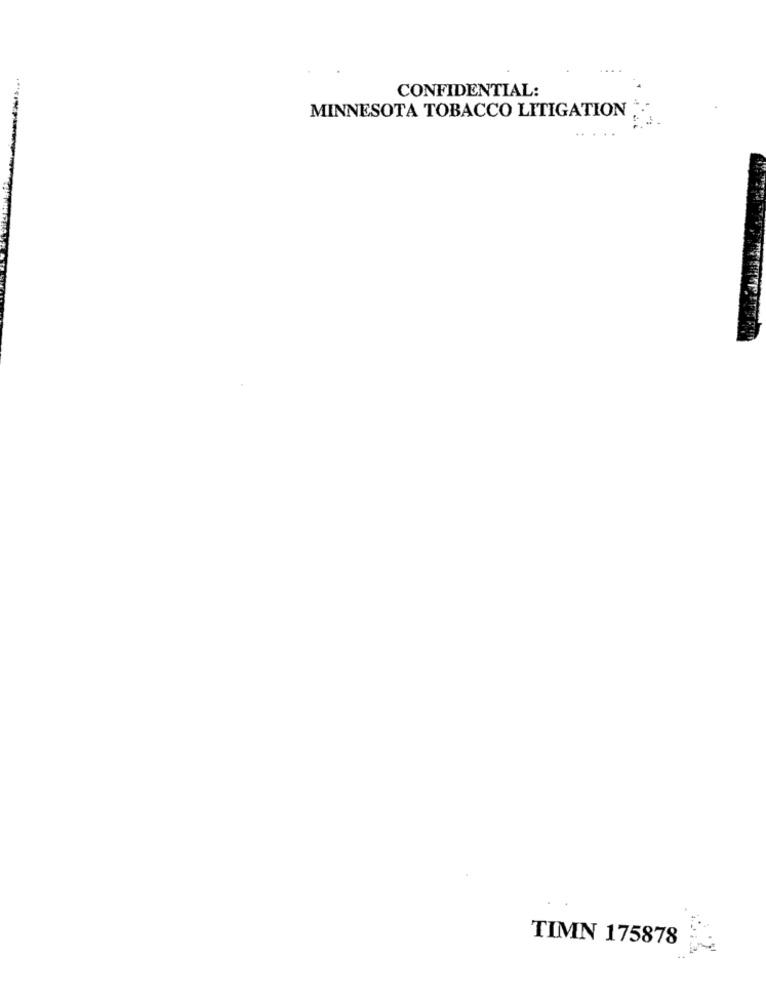
CONFIDENTIAL:
MINNESOTA TOBACCO LITIGATION
TIMN 175878